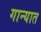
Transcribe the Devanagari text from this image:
गान्यात